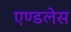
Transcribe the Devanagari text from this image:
एण्डलेस